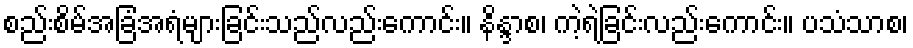
စည်းစိမ်အခြံအရံများခြင်းသည်လည်းကောင်း။ နိန္ဒာစ၊ ကဲ့ရဲ့ခြင်းလည်းကောင်း။ ပသံသာစ၊